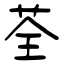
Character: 荃